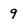
Character: 9